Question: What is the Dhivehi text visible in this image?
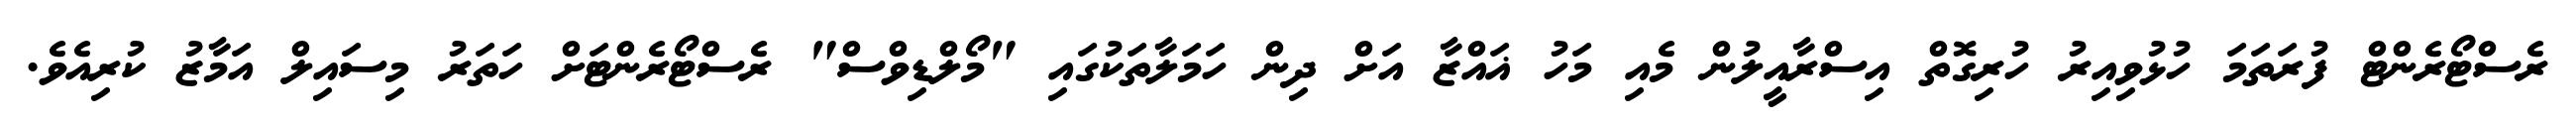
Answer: ރެސްޓޯރެންޓް ފުރަތަމަ ހުޅުވިއިރު ހުރިގޮތް އިސްރާއީލުން މެއި މަހު ޣައްޒާ އަށް ދިން ހަމަލާތަކުގައި "މޯލްޑިވްސް" ރެސްޓޯރެންޓަށް ހަތަރު މިސައިލް އަމާޒު ކުރިއެވެ.